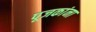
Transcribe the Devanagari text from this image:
पूजकांना